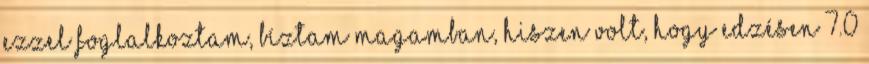
ezzel foglalkoztam, bíztam magamban, hiszen volt, hogy edzésen 7.0